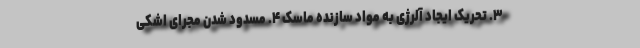
۳. تحریک ایجاد آلرژی به مواد سازنده ماسک ۴. مسدود شدن مجرای اشکی